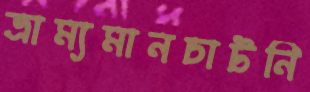
ভ্রাম্যমানচাটনি